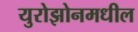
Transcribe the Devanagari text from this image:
युरोझोनमधील